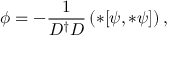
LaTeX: \phi = - \frac { 1 } { D ^ { \dagger } D } \left( * [ \psi , * \psi ] \right) ,